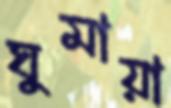
ঘুমায়া